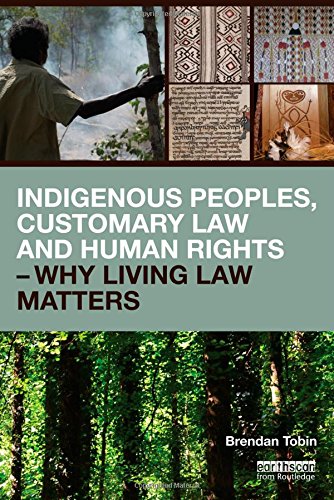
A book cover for Indigenous Peoples, Customary Law and Human Rights - Why Living Law Matters (Routledge Studies in Law and Sustainable Development); Brendan Tobin; Law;